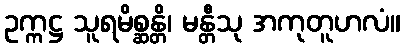
ဥက္ကဋ္ဌ သူရမိစ္ဆန္တိ၊ မန္တီသု အကုတူဟလံ။